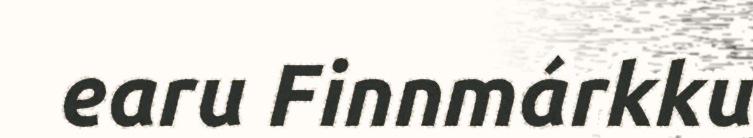
earu Finnmárkku